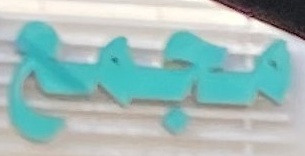
مجمع